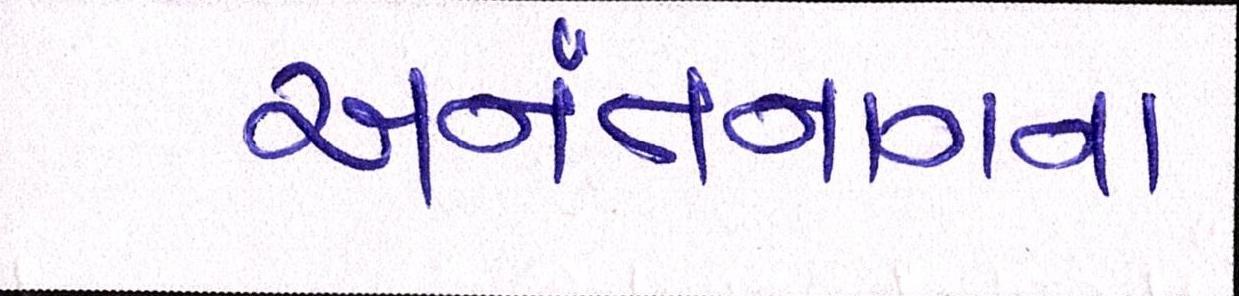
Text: અનંતનાગના